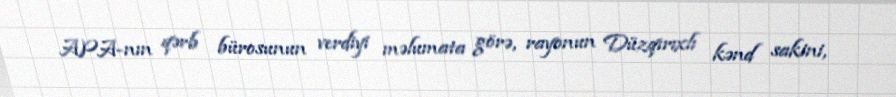
APA-nın qərb bürosunun verdiyi məlumata görə, rayonun Düzqırıxlı kənd sakini,